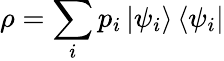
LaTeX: \rho=\sum_{i}p_{i}\left|\psi_{i}\right\rangle\left\langle\psi_{i}\right|